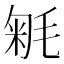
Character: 𣮕